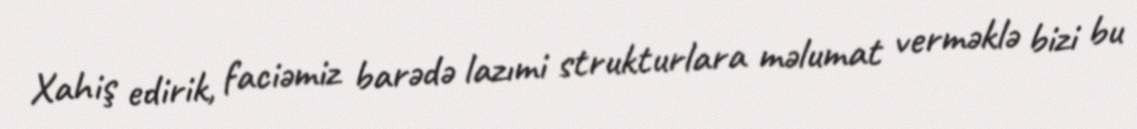
Xahiş edirik, faciəmiz barədə lazımi strukturlara məlumat verməklə bizi bu